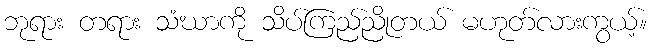
ဘုရား တရား သံဃာကို သိပ်ကြည်ညိုတယ် မဟုတ်လားကွယ့်။